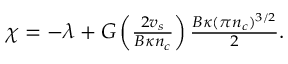
\begin{array} { r } { \chi = - \lambda + G \left( \frac { 2 v _ { s } } { B \kappa n _ { c } } \right) \frac { B \kappa ( \pi n _ { c } ) ^ { 3 / 2 } } { 2 } . } \end{array}